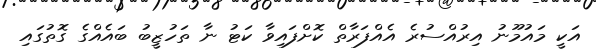
އަކީ މައުމޫނު އިރުއްސުރެ އެއްފަރާތް ކޮށްފައިވާ ކަޓު ނާ ތަހުޒީބު ބައެއްގެ ގޮތުގައި